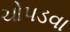
ચોપડવા